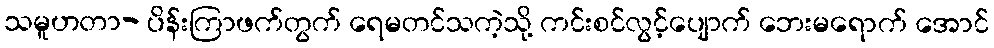
သမူဟတာ- ပိန်းကြာဖက်တွက် ရေမတင်သကဲ့သို့ ကင်းစင်လွင့်ပျောက် ဘေးမရောက် အောင်